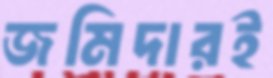
জমিদারই